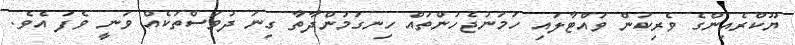
ޔޫކްރެއިންގެ ވެރިކަން ވައްޓާލައި ހަމަނުޖެހުންތައް ހިނގަމުންދާތާ ގިނަ ދުވަސްތަކެއް ވަނީ ވެފަ އެވެ.